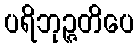
ပရိဘုဉ္ဇတိပေ